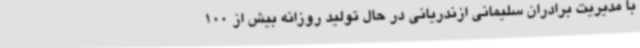
با مدیریت برادران سلیمانی ازندریانی در حال تولید روزانه بیش از 100